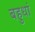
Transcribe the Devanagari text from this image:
बहुधां